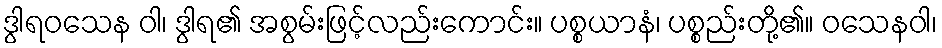
ဒွါရဝသေန ဝါ၊ ဒွါရ၏ အစွမ်းဖြင့်လည်းကောင်း။ ပစ္စယာနံ၊ ပစ္စည်းတို့၏။ ဝသေနဝါ၊